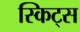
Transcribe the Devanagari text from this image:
स्किट्स